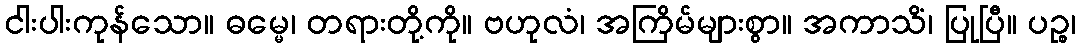
ငါးပါးကုန်သော။ ဓမ္မေ၊ တရားတို့ကို။ ဗဟုလံ၊ အကြိမ်များစွာ။ အကာသိံ၊ ပြုပြီ။ ပဉ္စ၊